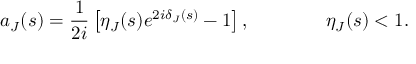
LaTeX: a _ { J } ( s ) = \displaystyle { \frac { 1 } { 2 i } } \left[ \eta _ { J } ( s ) e ^ { 2 i \delta _ { J } ( s ) } - 1 \right] , \qquad \qquad \eta _ { J } ( s ) < 1 .